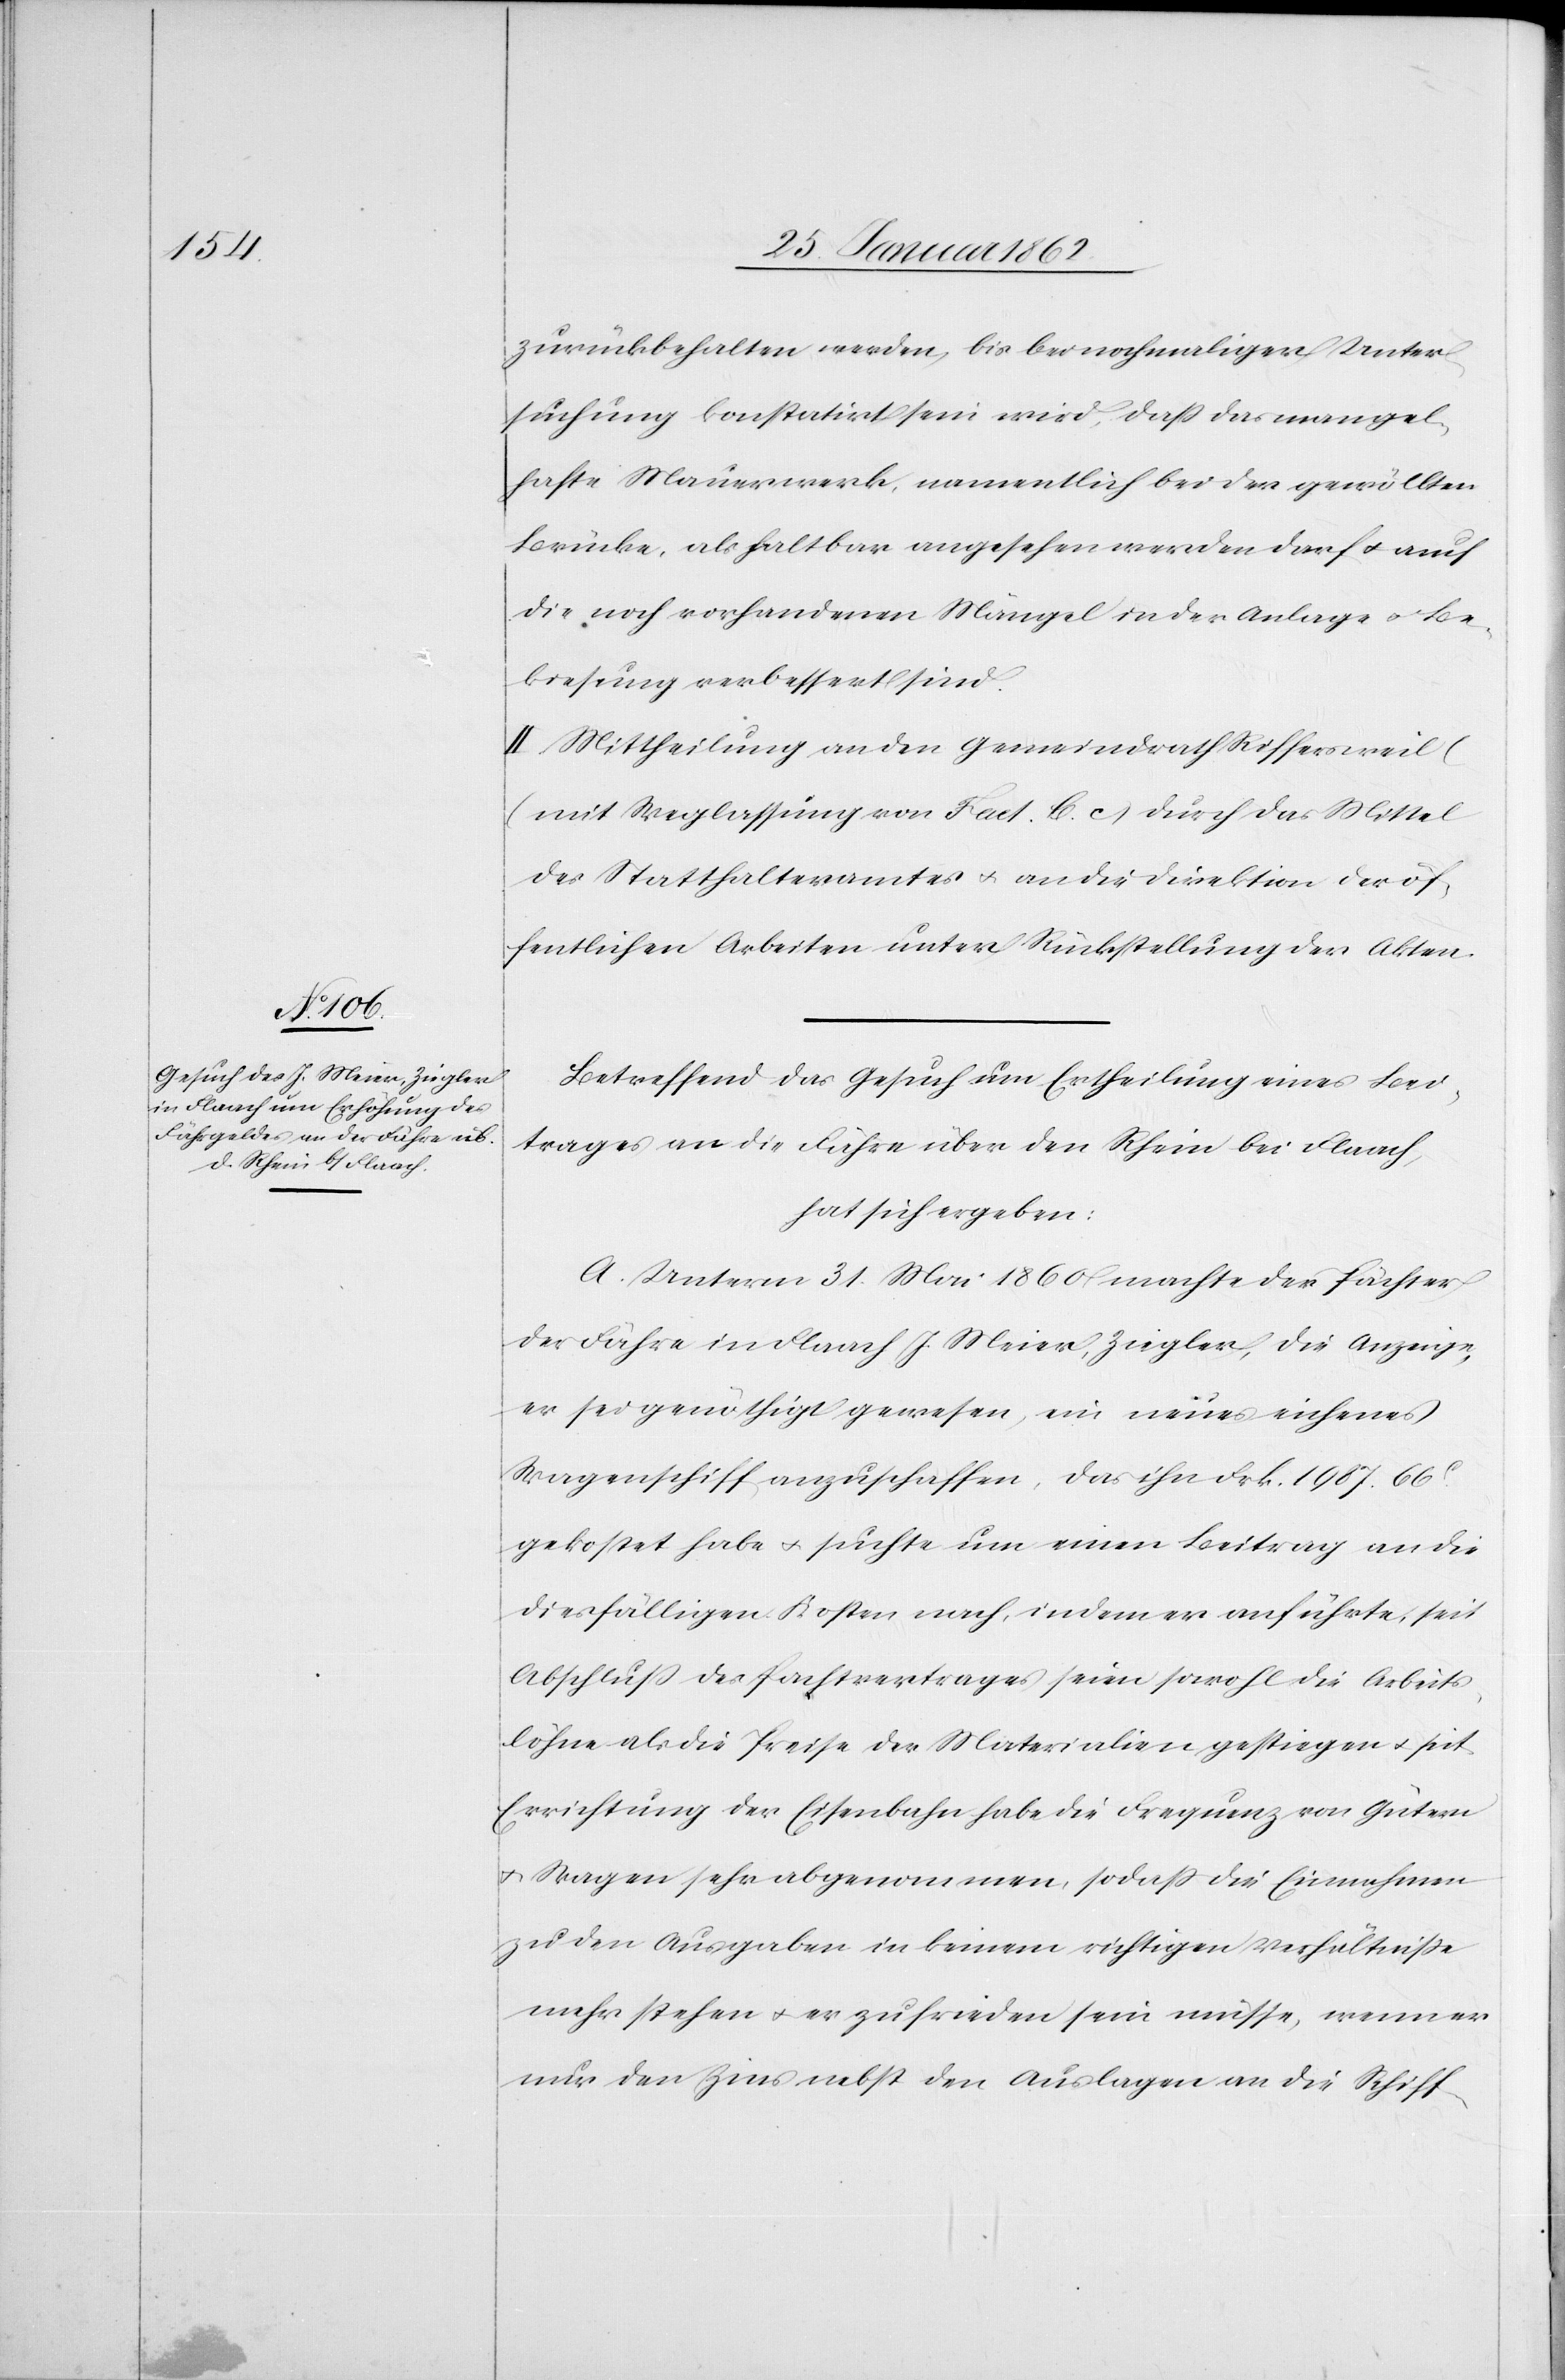
zurückbehalten werden, bis bei nochmaliger Unter¬
suchung konstatirt sein wird, daß das mangel¬
hafte Mauerwerk, namentlich bei der gewölbten
Brücke, als haltbar angesehen werden darf u. auch
die noch vorhandenen Mängel in der Anlage u. Be¬
kiesung verbessert sind.
II. Mittheilung an den Gemeindrath Riffersweil
(mit Weglassung von Fact. C. c) durch das Mittel
des Statthalteramtes u. an die Direktion der öf¬
fentlichen Arbeiten unter Rückstellung der Akten.
Betreffend das Gesuch um Ertheilung eines Bei¬
trages an die Fähre über den Rhein bei Flaach,
hat sich ergeben:
A. Unterm 31. Mai 1860 machte der Pächter
der Fähre in Flaach J. Meier, Ziegler, die Anzeige,
er sei genöthigt gewesen, ein neues eichenes
Wagenschiff anzuschaffen, das ihn Frk. 1987.66c.
gekostet habe u. suchte um einen Beitrag an die
diesfälligen Kosten nach, indem er anführte, seit
Abschluß des Pachtvertrages seien sowohl die Arbeits¬
löhne als die Preise der Materialien gestiegen u. seit
Errichtung der Eisenbahn habe die Frequenz von Gütern
u. Wagen sehr abgenommen, sodaß die Einnahmen
zu den Ausgaben in keinem richtigen Verhältniße
mehr stehen u. er zufrieden sein müsse, wenn er
nur den Zins nebst den Auslagen an die Schiff-